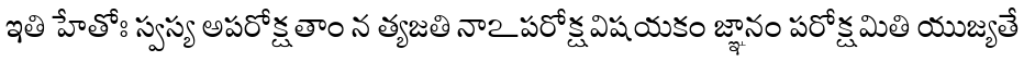
ఇతి హేతోః స్వస్య అపరోక్షతాం న త్యజతి నాఽపరోక్షవిషయకం జ్ఞానం పరోక్షమితి యుజ్యతే